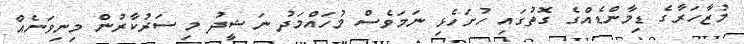
މުޒާހަރާގެ ޑިމާންޑެއްގެ ގޮތުގައި ހުށަހެޅި ނަމަވެސް މުހައްމަދު ނަޝީދު މި ސަރުކާރުން މިނިވަނެއް